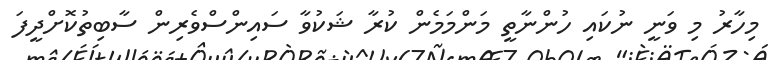
މިހާރު މި ވަނީ ނުކައި ހުންނާތީ މަންމަމެން ކުރާ ޝަކުވާ ސައިންސްވެރިން ސާބިތުކޮށްދީފަ